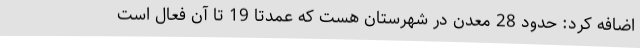
اضافه کرد: حدود 28 معدن در شهرستان هست که عمدتاً 19 تا آن فعال است